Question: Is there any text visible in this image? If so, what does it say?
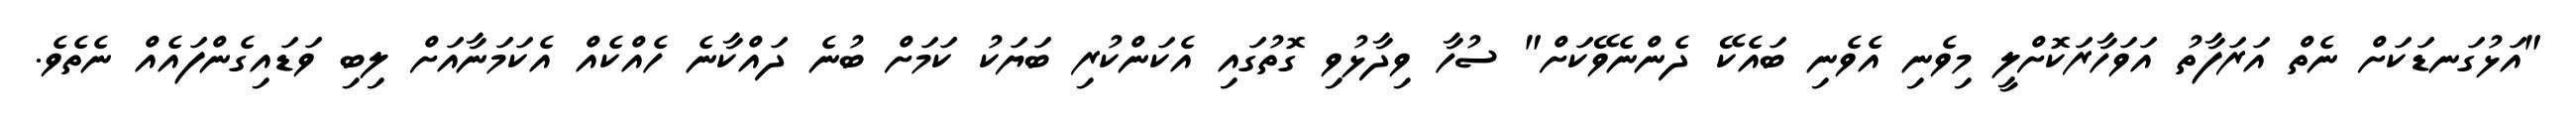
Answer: "އަޅުގަނޑަކަށް ނެތް އަރަފާތު އަވަހާރަކޮށްލީ މިވެނި އެވެނި ބައެކޭ ދެންނެވޭކަށް" ސުހާ ވިދާޅުވި ގޮތުގައި އެކަންކުރި ބަޔަކު ކަމަށް ބުނެ ދައްކާނެ ހެއްކެއް އެކަމަނާއަށް ލިބި ވަޑައިގެންފައެއް ނެތެވެ.